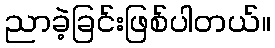
ညာခဲ့ခြင်းဖြစ်ပါတယ်။